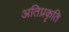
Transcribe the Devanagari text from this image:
अतिप्रकृति